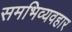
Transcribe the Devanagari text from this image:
समभिव्यवहार